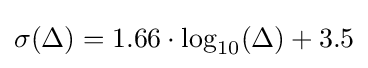
\sigma (\Delta )=1.66\cdot \log _{10}(\Delta )+3.5